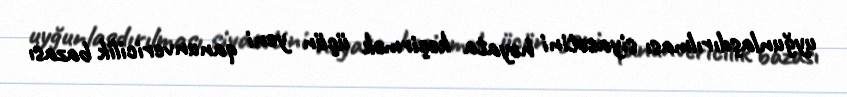
uyğunlaşdırılması siyasətini həyata keçirmək üçün yeni qanunvericilik bazası